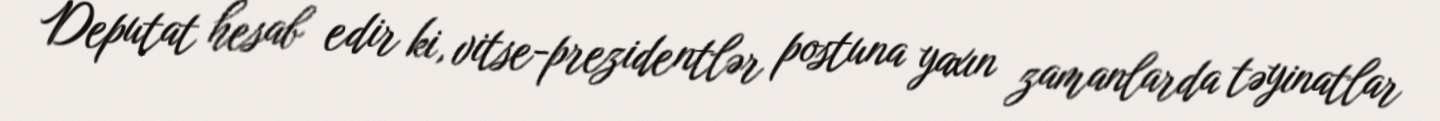
Deputat hesab edir ki, vitse-prezidentlər postuna yaxın zamanlarda təyinatlar